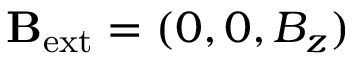
\mathbf { B } _ { \mathrm { e x t } } = ( 0 , 0 , B _ { z } )